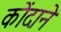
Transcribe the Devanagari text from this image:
कोंदाने